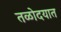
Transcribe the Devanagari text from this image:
तळोदयात